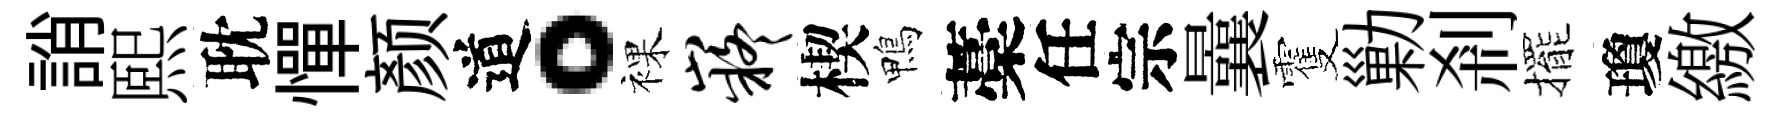
誚熙耽憚颜道。裸嶷楔鴨藁任宗曩䨥勦剎擺瓊繳